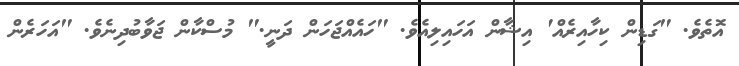
އޮތެވެ. "ގަޑިން ކިހާއިރެއް' އިޝާން އަހައިލިއެވެ. "ހައެއްޖަހަން ދަނީ." މުސްކާން ޖަވާބުދިނެވެ. "އަހަރެން